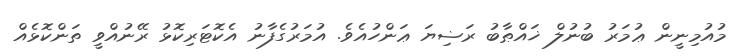
މުއުމިނީން ޢުމަރު ބުނުލް ޚައްޠާބު ރަޟިޔަ ޢަންހުއެވެ. އުމަރުގެފާނު އެކޮޓަރިކޮޅު ރޭނުއްވީ ތަންކޮޅެއް